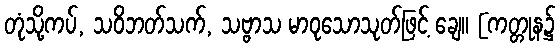
တုံသို့ကပ်, သဝိဘတ်သက်, သဗ္ဗာသ မာဝုသောသုတ်ဖြင့် ချေ။ [ကတ္တုန၌